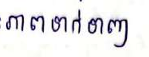
ភាពទាក់ទាញ